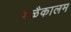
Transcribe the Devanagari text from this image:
मळैकालम